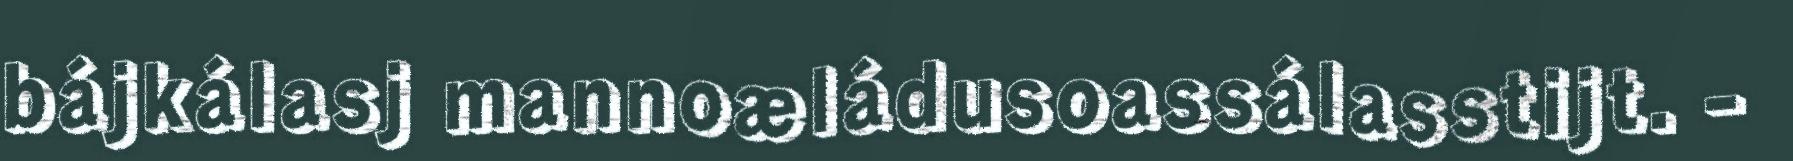
bájkálasj mannoæládusoassálasstijt. -